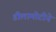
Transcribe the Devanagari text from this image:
डीलामोटीने